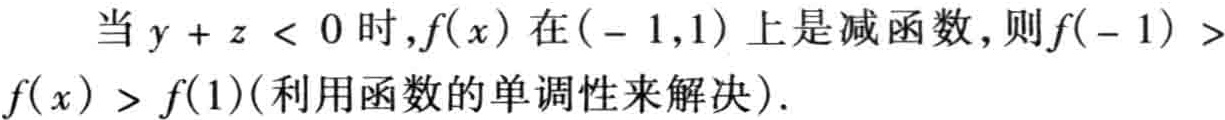
当\(y + z < 0\)时,\(f(x)\)在\(( - 1,1)\)上是减函数,则\(f( - 1) > f(x) > f(1)\)(利用函数的单调性来解决).